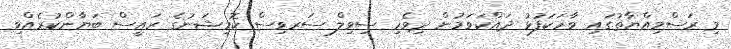
މި ރަސްމިއްޔާތުގައި ވާހަކަފުޅު ދައްކަވަމުން ދިވެހި ސިވިލް ސަރވިސް ކޮމިޝަނުގެ ރައީސް ބަޔާންކުރެއްވި